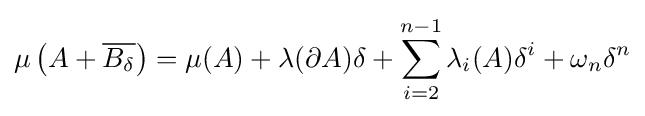
\mu \left(A+{\overline {B_{\delta }}}\right)=\mu (A)+\lambda (\partial A)\delta +\sum _{i=2}^{n-1}\lambda _{i}(A)\delta ^{i}+\omega _{n}\delta ^{n}